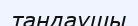
таңдаушы